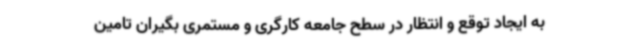
به ایجاد توقع و انتظار در سطح جامعه کارگری و مستمری بگیران تامین